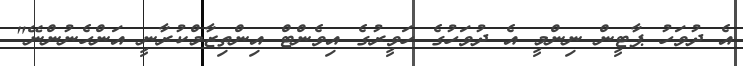
އެ ދުވަހު ޕާޓީން ނިންމީ އެ ދުވަހުގެ ހަވީރުގެ އިވެންޓް އިންތިޒާމްކުރާނީ އަންހެނުންނޭ"